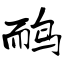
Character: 鸸